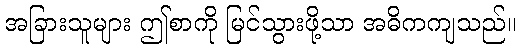
အခြားသူများ ဤစာကို မြင်သွားဖို့သာ အဓိကကျသည်။